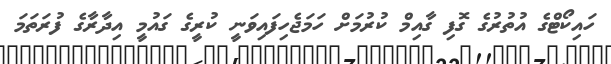
ހައިކޯޓްގެ އުތުރުގެ ގޮފި ގާއިމް ކުރުމަށް ހަމަޖެހިފައިވަނީ ކުރީގެ ގައުމީ އިދާރާގެ ފުރަތަމަ